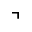
\urcorner